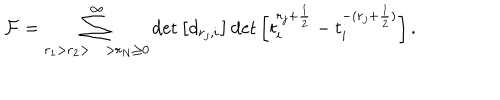
LaTeX: { \cal F } = \sum _ { r _ { 1 } > r _ { 2 } > \cdots > r _ { N } \geq 0 } ^ { \infty } \det \left[ d _ { r _ { j } , i } \right] \det \left[ t _ { i } ^ { r _ { j } + \frac { 1 } { 2 } } - t _ { i } ^ { - ( r _ { j } + \frac { 1 } { 2 } ) } \right] .